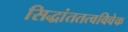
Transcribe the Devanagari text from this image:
सिद्धांततत्वविवेक